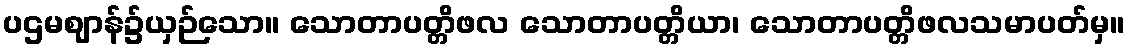
ပဌမဈာန်၌ယှဉ်သော။ သောတာပတ္တိဖလ သောတာပတ္တိယာ၊ သောတာပတ္တိဖလသမာပတ်မှ။